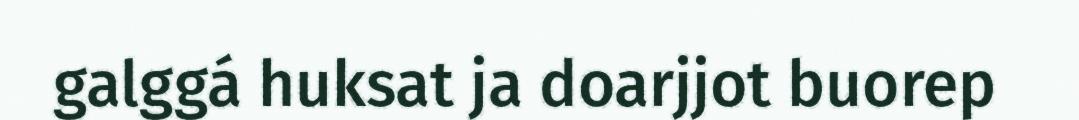
galggá huksat ja doarjjot buorep